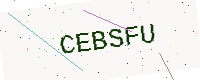
Text: CEBSFU